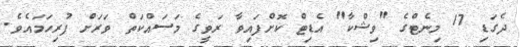
ދެގަޑި 17 މިނެޓްގެ "ވިޝްކާ" އެޑިޓް ކޮށްފައިވާ ރަވީގެ މަސައްކަތް ވަރަށް ފުރިހަމައެވެ.